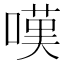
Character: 嘆